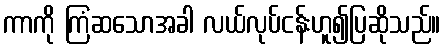
ကာကို ကြံဆသောအခါ လယ်လုပ်ငန်းဟူ၍ပြဆိုသည်။